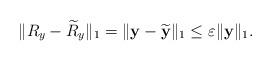
LaTeX: \begin{align*}\|R_{y}-\widetilde{R}_{y}\|_{1}=\|{\bf y}-\widetilde{\bf y}\|_{1}\leq\varepsilon\|{\bf y}\|_{1}.\end{align*}